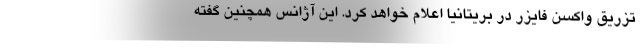
تزریق واکسن فایزر در بریتانیا اعلام خواهد کرد. این آژانس همچنین گفته